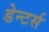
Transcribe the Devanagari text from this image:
डेन्टर्स